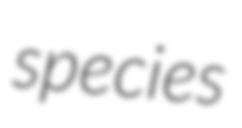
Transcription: species